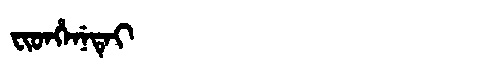
Manchu: ᠸᡳᡨᡥᡝᠨᡝᡨᡝᡳ
Romanization: FITHENETEI